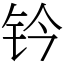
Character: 钤